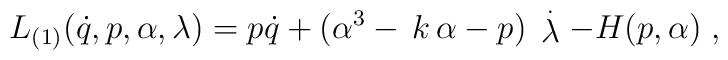
L_{(1)}(\dot{q},p,\alpha ,\lambda )=p\dot{q}+(\alpha ^3-\,k\,\alpha -p)\,\stackrel{.}{\lambda }-H(p,\alpha )\;,